Statistical return of the lunatic asylum in Assam - 1912-1932
Year: 1912
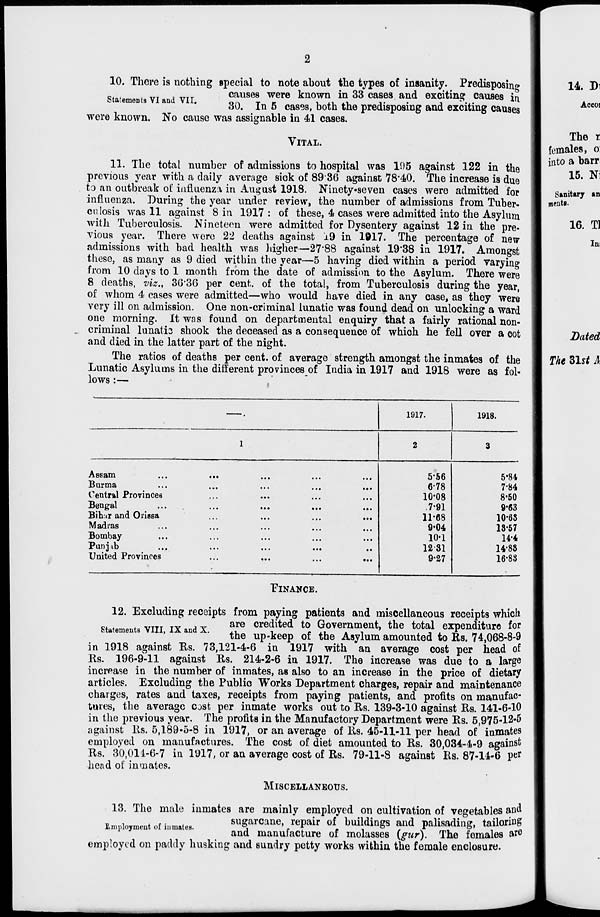
10. There is nothing special to note about the types of insanity. Predisposing
causes were known in 33 cases and exciting causes in,
30. In 5 casss, both the predisposing and exciting causes
Statements VI and VII.
were known. No cause was assignable in 41 cases.
VITAL.
11. The total number of admissions to hospital was 105 against 122 in the
previous year with a daily average sick of 8936 against 78-40. The increase is due
to an outbreak of influenza in August 1918. Ninety-seven cases were admitted for
influenza. During the year under review, the number of admissions from Tuber-
culosis was 11 against 8 in 1917 : of these, 4 cases were admitted into the Asylum
with Tuberculosis. Nineteen were admitted for Dysentery against 12 in the pre-
vious year. There were 22 deaths against ±9 in 1917. The percentage of new
admissions with bad health was higher—27"88 against 19'38 in 1917. Amongst
these, as many as 9 died within the year—5 having died within a period varying
from 10 days to 1 month from the date of admission to the Asylum. There were
8 deaths, viz., 3636 per cent, of the total, from Tuberculosis during the year,
of whom 4 cases were admitted—who would have died in any case, as they were
very ill on admission. One non-criminal lunatic was found dead on unlocking a ward
one morning. It was found on departmental enquiry that a fairly rational non-
criminal lunatis shook the deceased as a consequence of which he fell over a cot
and died in the latter part of the night.
The ratios of deaths per cent, of average strength amongst the inmates of the
Lunatic Asylums in the different provinces of India in 1917 and 1918 were as fol-
lows :—
14 Di
Aceoi
The r
females, o:
into a barr
15. N:
Sanitary
menti.
an
16. Tl
In,
.
1917.
1918 .
1
2
3
Assam
• ••
5-56
5-84
Burma
...
...
...
...
6-78
7-84
Central Provinces
...
...
10-08
8-50
Benga.l
• •.
...
...
...
.7-91
9-63
Bih:ir and Orissa
...
. •.
...
11-68
10-63
Madras
•..
9-04
13-57
Bombay
. •.
...
10-1
H-4
Pan jib
...
•..
...
.,
1231
14-88
United Provinces
...
...
...
...
9-27
16-83
FINANCE.
12. Excluding receipts from paying patients and miscellaneous receipts which
VTTT TV
, v
are credited to Government, the total expenditure for
statements VIII, IX and x.
the up . keep of the Asvlum amounted to Rs. 74,068-8-9
in 1918 against Rs. 73,121-4-6 in 1917 with an average cost per head of
Rs. 196-9-11 against Us. 214-2-6 in 1917. The increase was due to a large
increase in the number of inmates, as also to an increase in the price of dietary
articles. Excluding the Public "Works Department charges, repair and maintenance
charges, rates and taxes, receipts from paying patients, and profits on manufac-
tures, the average cost per inmate works out to Rs. 139-3-10 against Rs. 141-6-10
in the previous year. The profits in the Manufactory Department were Rs. 5,975-12-5
against Rs. 5,189-5-8 in 1917, or an average of Rs. 45-11-11 per head of inmates
employed on manufactures. The cost of diet amounted to Rs. 30,034-4-9 against
Rs. 30,011-6-7 in 1917, or an average cost of Rs. 79-11-8 against Rs. 87-14-6 per
bend of inmates.
MISCELLANEOUS.
13. The male inmates are mainly employed on cultivation of vegetables and
e t of iumates
sugarcane, repair of buildings and palisading, tailoring
mpoymen o luma es.
ft^ manufacture of molasses (gur). The females a* 0
employed on paddy husking and sundry petty works within the female enclosure.